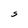
Character: S